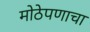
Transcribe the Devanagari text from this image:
मोठेपणाचा